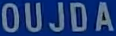
OUJDA